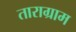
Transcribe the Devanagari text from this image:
ताराग्राम